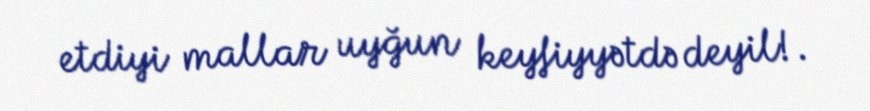
etdiyi mallar uyğun keyfiyyətdə deyil!.